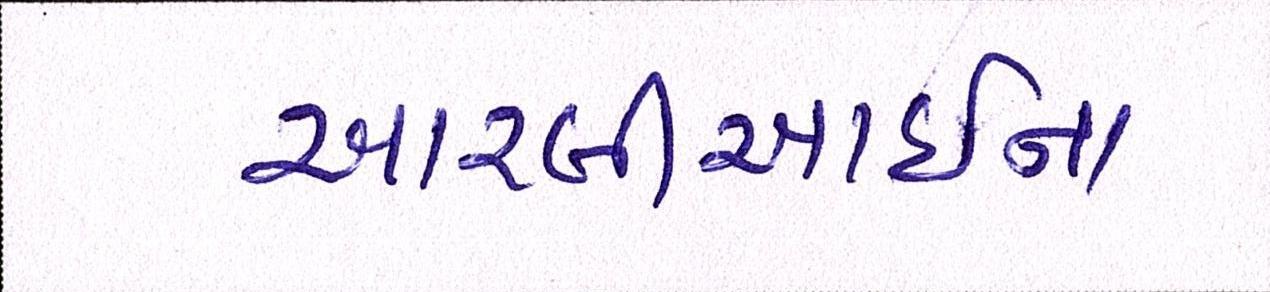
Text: આરબીઆઇના